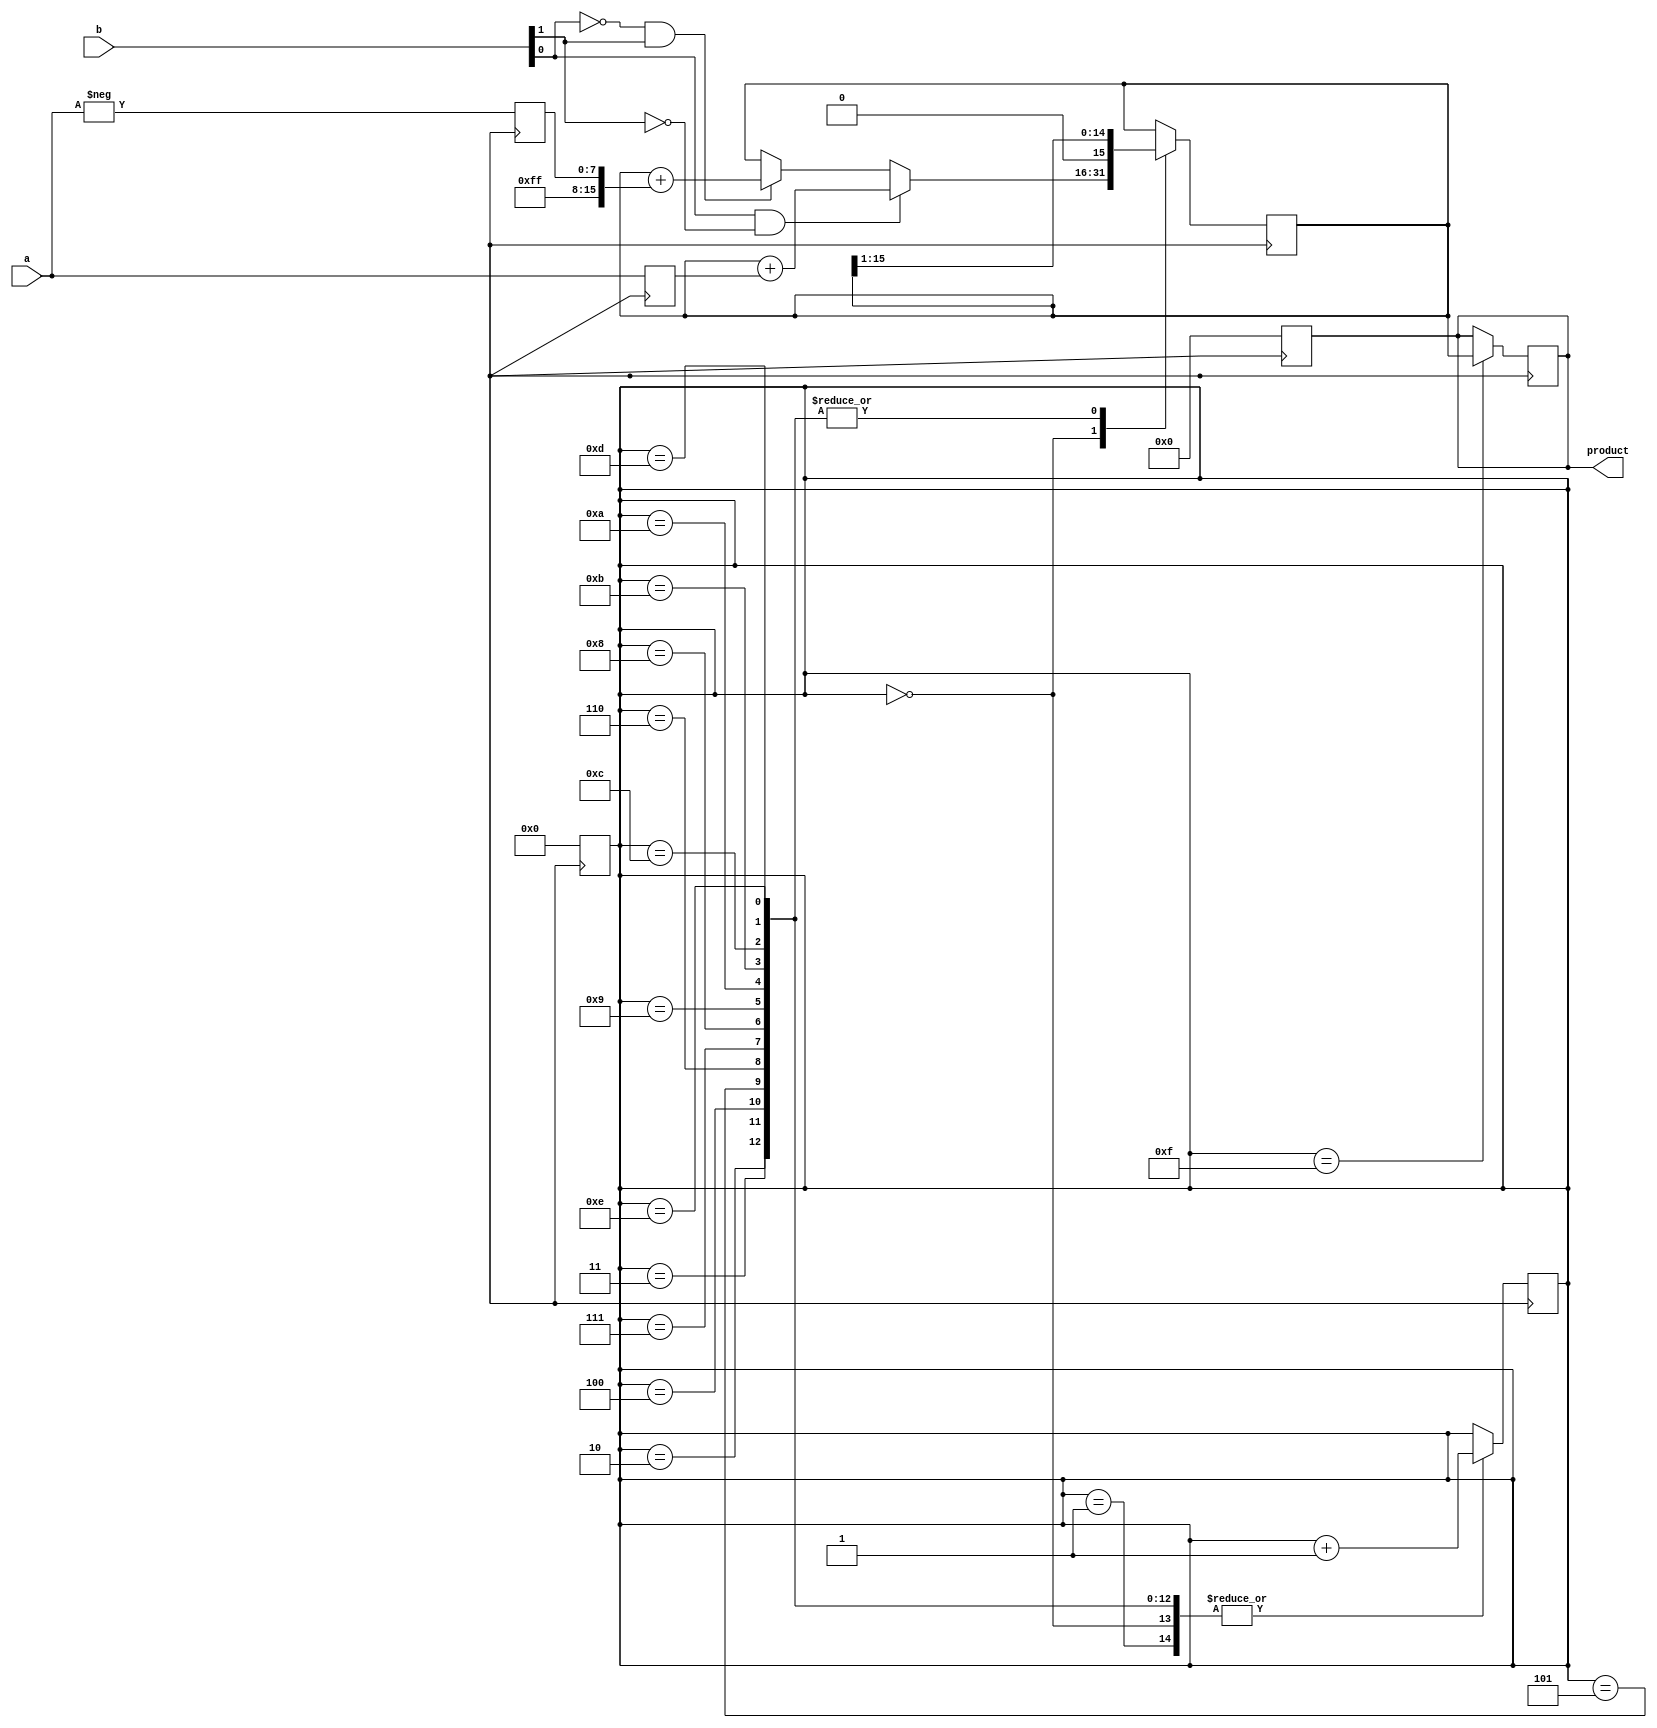
module booth_multiplier (
    input [7:0] a,
    input [7:0] b,
    output reg [15:0] product
);

reg [7:0] multiplier_reg;
reg [7:0] multiplier_neg;
reg [3:0] count;
reg [7:0] partial_product;
reg [15:0] sum;

always @(posedge clk) begin
    multiplier_reg <= a;
    multiplier_neg <= -a;
    count <= 4'b0000;
    partial_product <= 8'b00000000;
    product <= 16'b0000000000000000;
end

always @(posedge clk) begin
    case (count)
        4'b0000: begin
            if (b[0] == 1 && b[1] == 0) begin
                sum <= sum + {8'b00000000, multiplier_reg};
            end else if (b[0] == 0 && b[1] == 1) begin
                sum <= sum + {8'b11111111, multiplier_neg};
            end
            count <= count + 1;
        end
        
        4'b0001: begin
            partial_product <= sum;
            count <= count + 1;
        end
        
        4'b0010: begin
            sum <= sum >> 1;
            count <= count + 1;
        end
        
        4'b0011: begin
            sum <= sum >> 1;
            count <= count + 1;
        end
        
        4'b0100: begin
            sum <= sum >> 1;
            count <= count + 1;
        end
        
        4'b0101: begin
            sum <= sum >> 1;
            count <= count + 1;
        end
        
        4'b0110: begin
            sum <= sum >> 1;
            count <= count + 1;
        end
        
        4'b0111: begin
            sum <= sum >> 1;
            count <= count + 1;
        end
        
        4'b1000: begin
            sum <= sum >> 1;
            count <= count + 1;
        end
        
        4'b1001: begin
            sum <= sum >> 1;
            count <= count + 1;
        end
        
        4'b1010: begin
            sum <= sum >> 1;
            count <= count + 1;
        end
        
        4'b1011: begin
            sum <= sum >> 1;
            count <= count + 1;
        end
        
        4'b1100: begin
            sum <= sum >> 1;
            count <= count + 1;
        end
        
        4'b1101: begin
            sum <= sum >> 1;
            count <= count + 1;
        end
        
        4'b1110: begin
            sum <= sum >> 1;
            count <= count + 1;
        end
        
        4'b1111: begin
            product <= sum;
        end
    endcase
end

endmodule